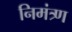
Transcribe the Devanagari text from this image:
निमंत्र्ण